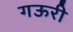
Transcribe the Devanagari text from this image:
गऊरी